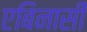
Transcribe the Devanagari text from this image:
एबिनासी